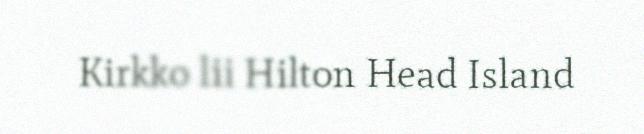
Kirkko lii Hilton Head Island